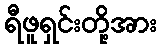
ရီဖူရှင်းတို့အား